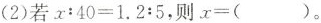
(2)若$$x:40=1.2:5$$，则$$x=( )$$。